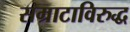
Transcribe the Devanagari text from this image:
सम्राटाविरुद्ध